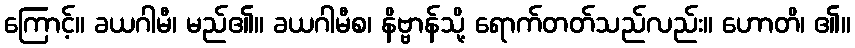
ကြောင့်။ ခယဂါမီ၊ မည်၏။ ခယဂါမီစ၊ နိဗ္ဗာန်သို့ ရောက်တတ်သည်လည်း။ ဟောတိ၊ ၏။